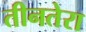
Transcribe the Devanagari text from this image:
तीनतेरा